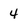
Character: 4